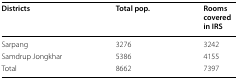
<table><thead><tr><td><b>Districts</b></td><td><b>Total pop.</b></td><td><b>Rooms covered in IRS</b></td></tr></thead><tbody><tr><td>Sarpang</td><td>3276</td><td>3242</td></tr><tr><td>Samdrup Jongkhar</td><td>5386</td><td>4155</td></tr><tr><td>Total</td><td>8662</td><td>7397</td></tr></tbody></table>